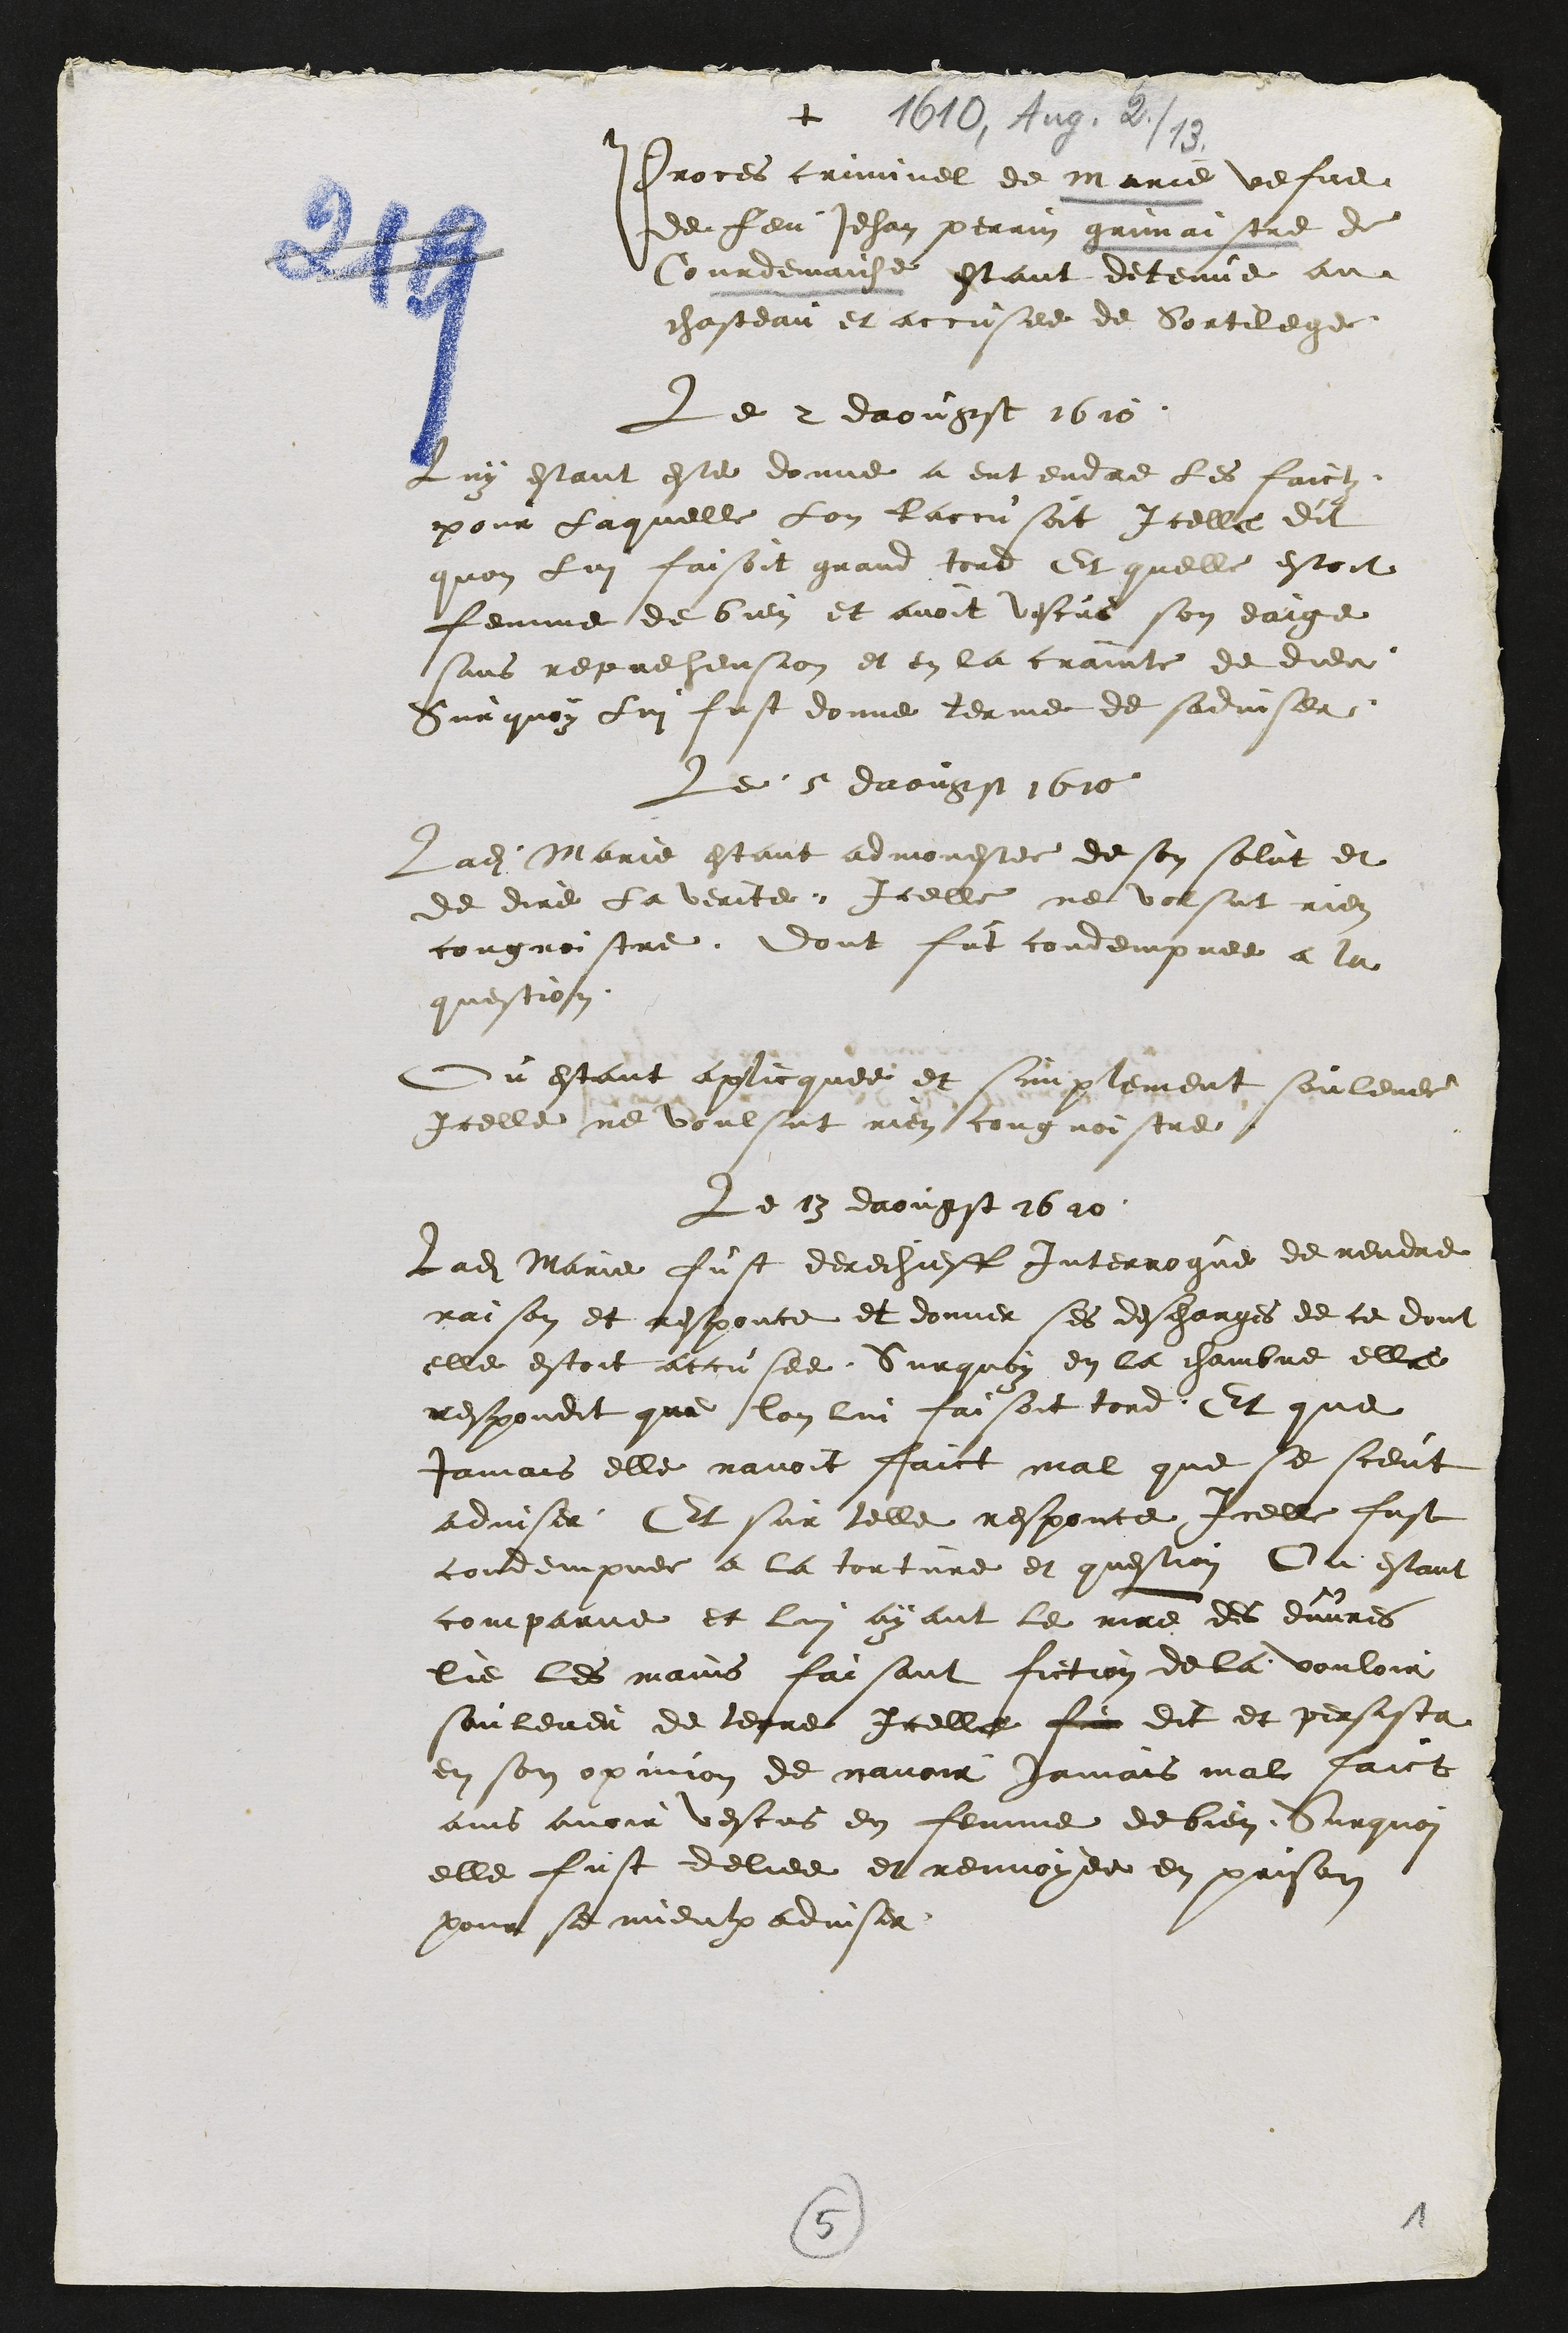
+
Proces criminel de marie vefve
de feu Jehan perrin grimaistre de
Courdemaiche estant detenue au
chasteau et accusee de Sortilege
Le 2 daougst 1610.
Luy estant este donne a entendre les faictz
pour laquelle lon laccusoit Icelle dit
quon lui faisoit grand tord Et quelle estoit
femme de bien et avoit vescus son eaige
sans reprehension et en la crainte de dieu.
Sur quoy lui fust donne terme de sadviser.
Le 5 daougst 1610
Ladite Marie estant admonestee de son salut et
de dire la verite, Icelle ne volsut rien
congnoistre, dont fut condempnee a la
question.
Ou estant aplicquee et simplement soulevee
Icelle ne voulsut rien congnoistre.
Le 13 daougst 1610.
Ladite Marie fust derechieff Interrogue de rendre
raison et responce et donner ses descharges de ce dont
elle estoit accusee. Sur quoy en la chambre elle
respondit que lon lui faisoit tord. Et que
jamais elle navoit faict mal que se sceut
adviser. Et sur telle responce Icelle fust
condempnee a la torture et question Ou estant
comparue et lui ayant le maitre des euvres
lie les mains faisant fiction de la vouloir
soulever de terre Icelle sur dit et persista
en son opinion de navoir jamais mal faict
ains avoir vescus en femme de bien. Sur quoi
elle fust deliee et renvoyee en prison
pour se mieulx adviser.